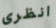
انظرى